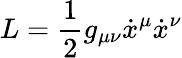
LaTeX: L=\frac{1}{2}g_{\mu\nu}\dot{x}^{\mu}\dot{x}^{\nu}